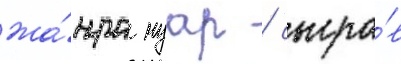
жа́нра нуар / сыгра́в